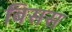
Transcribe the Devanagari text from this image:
बिसस